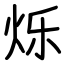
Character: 烁